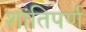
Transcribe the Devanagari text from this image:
शांतिपर्ण